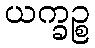
ယက္ခဉ္စ